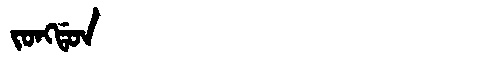
Manchu: ᠵᠣᠩᡩᠣᠨ
Romanization: JONGDON